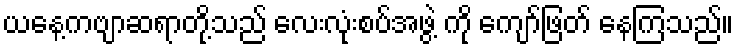
ယနေ့ကဗျာဆရာတို့သည် လေးလုံးစပ်အဖွဲ့ ကို ကျော်ဖြတ် နေကြသည်။